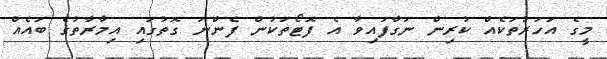
މީގެ އަހަރުތަކެއް ކުރިން ނަގާފައިވާ އެ ފޮޓޯތަކުން ފެންނަ ގޮތުގައި އިމާރާތުގެ ބައެއް